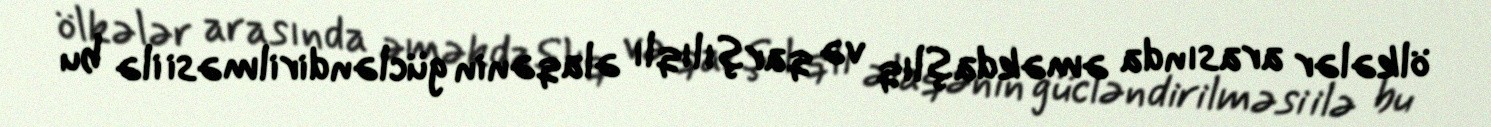
ölkələr arasında əməkdaşlıq və qarşılıqlı əlaqənin gücləndirilməsi ilə bu